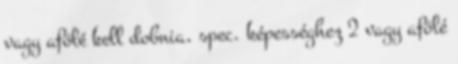
vagy afölé kell dobnia, spec. képességhez 2 vagy afölé